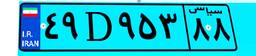
۴۹D۹۵۳۸۸